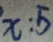
x : 5